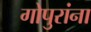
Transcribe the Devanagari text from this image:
गोपुरांना